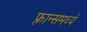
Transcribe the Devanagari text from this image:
फ़्रान्समध्ये